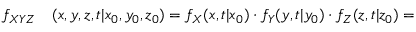
\begin{array} { r l } { f _ { X Y Z } } & { { } ( x , y , z , t \vert x _ { 0 } , y _ { 0 } , z _ { 0 } ) = f _ { X } ( x , t \vert x _ { 0 } ) \cdot f _ { Y } ( y , t \vert y _ { 0 } ) \cdot f _ { Z } ( z , t \vert z _ { 0 } ) = } \end{array}